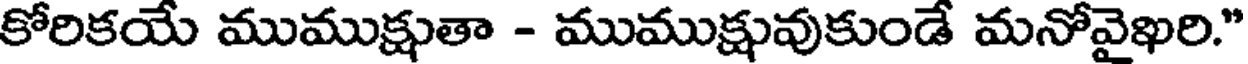
కోరికయే ముముక్షుతా - ముముక్షువుకుండే మనోవైఖరి."